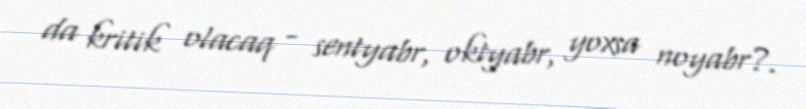
da kritik olacaq - sentyabr, oktyabr, yoxsa noyabr?.